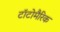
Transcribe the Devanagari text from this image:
टॉटोमैरिक